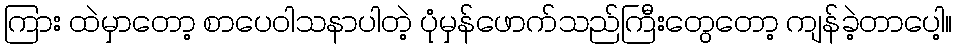
ကြား ထဲမှာတော့ စာပေဝါသနာပါတဲ့ ပုံမှန်ဖောက်သည်ကြီးတွေတော့ ကျန်ခဲ့တာပေါ့။